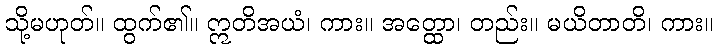
သို့မဟုတ်။ ထွက်၏။ ဣတိအယံ၊ ကား။ အတ္ထော၊ တည်း။ မယိတာတိ၊ ကား။